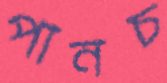
পানচ